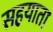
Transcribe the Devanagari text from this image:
सहयाता